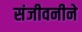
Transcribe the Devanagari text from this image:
संजीवनीने